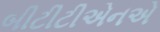
બીટીટીએનએ